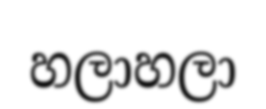
හලාහලා